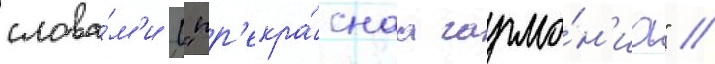
слова́м'и ("пр'екра́снаа гармо́н'иа" /